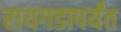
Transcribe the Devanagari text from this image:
रायगडापर्यंत